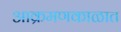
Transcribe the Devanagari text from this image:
आक्रमणकाळात